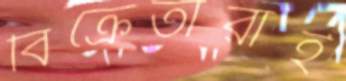
বিক্রেতারাই